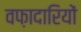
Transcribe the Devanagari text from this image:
वफ़ादारियों